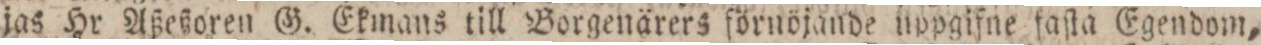
jas Hr Aßeßoren G. Ekmans till Borgenärers förnöjande uppgifne faſta Egendom,